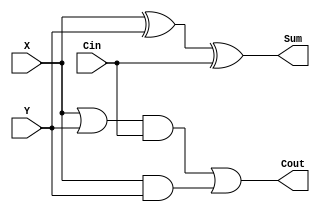

//////////////////////////////////////////////////////////////////////////////////
// Company: 
// Engineer: 
// 
// Design Name: 
// Module Name: FULLADDER
// Project Name: 
// Target Devices: 
// Tool Versions: 
// Description: 
// 
// Dependencies: 
// 
// Revision:
// Revision 0.01 - File Created
// Additional Comments:
// 
//////////////////////////////////////////////////////////////////////////////////


module full_adder(
    input wire  X,
    input  wire  Y,
    input  wire Cin,
    output  wire Sum,
    output wire Cout
    );
      
    
assign Sum = X^Y^Cin ;
assign Cout= ((X || Y) && Cin ) || (X&&Y);
endmodule